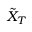
\tilde { X } _ { T }